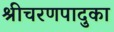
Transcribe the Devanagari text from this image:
श्रीचरणपादुका